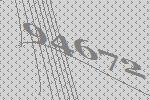
94672